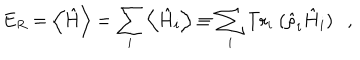
LaTeX: E _ { R } = \left\langle \hat { H } \right\rangle = \sum _ { i } \left\langle \hat { H } _ { i } \right\rangle \equiv \sum _ { i } \mathrm { T r } _ { i } ~ ( \hat { \rho } _ { i } \hat { H } _ { i } ) ,